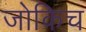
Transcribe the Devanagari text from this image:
जोकिच